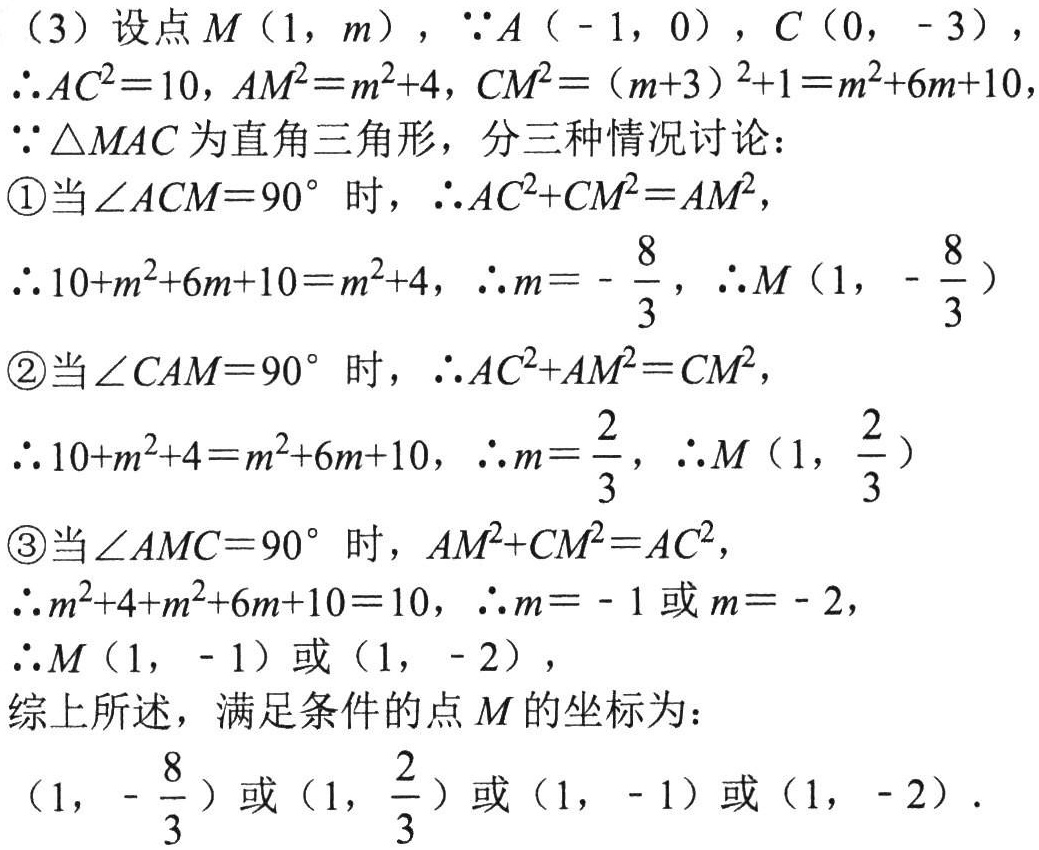
（3）设点\(M(1,m)\)，\(\because A(-1,0)\)，\(C(0,-3)\)，
\(\therefore AC^{2}=10\)，\(AM^{2}=m^{2}+4\)，\(CM^{2}=(m + 3)^{2}+1=m^{2}+6m + 10\)，
\(\because\triangle MAC\)为直角三角形，分三种情况讨论：
\textcircled{1}当\(\angle ACM = 90^{\circ}\)时，\(\therefore AC^{2}+CM^{2}=AM^{2}\)，
\(\therefore 10+m^{2}+6m + 10=m^{2}+4\)，\(\therefore m=-\frac{8}{3}\)，\(\therefore M\left(1,-\frac{8}{3}\right)\)
\textcircled{2}当\(\angle CAM = 90^{\circ}\)时，\(\therefore AC^{2}+AM^{2}=CM^{2}\)，
\(\therefore 10+m^{2}+4=m^{2}+6m + 10\)，\(\therefore m=\frac{2}{3}\)，\(\therefore M\left(1,\frac{2}{3}\right)\)
\textcircled{3}当\(\angle AMC = 90^{\circ}\)时，\(AM^{2}+CM^{2}=AC^{2}\)，
\(\therefore m^{2}+4+m^{2}+6m + 10=10\)，\(\therefore m=-1\)或\(m=-2\)，
\(\therefore M(1,-1)\)或\((1,-2)\)，
综上所述，满足条件的点\(M\)的坐标为：
\(\left(1,-\frac{8}{3}\right)\)或\(\left(1,\frac{2}{3}\right)\)或\((1,-1)\)或\((1,-2)\)．